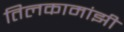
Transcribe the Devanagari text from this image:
तिलकामांझी